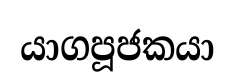
යාගපූජකයා